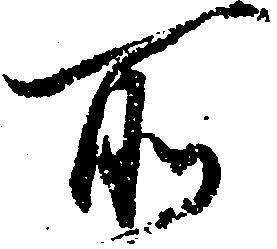
所